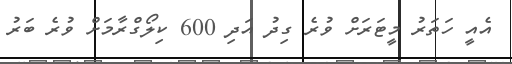
އެއީ ހަތަރު މީޓަރަށް ވުރެ ގިދު އަދި 600 ކިލޯގްރާމަށް ވުރެ ބަރު